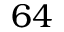
6 4